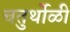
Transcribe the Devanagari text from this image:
चतुर्थोळी